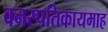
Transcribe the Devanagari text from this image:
वनस्पतिकायमाह